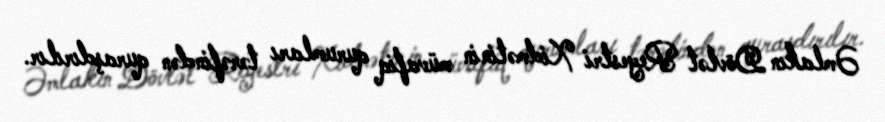
Əmlakın Dövlət Reyestri Xidmətinin müvafiq qurumları tərəfindən quraşdırılır.